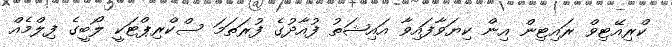
ކްރިއޭޓިވް ރައިޓިން އިން ކިޔަވާފައިވާ އައިޝަތު ފުއާދުގެ ފުރަތަމަ ސްކްރިޕްޓަކީ ލޯބީގެ ފިލްމެއް